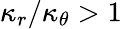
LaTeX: \kappa_{r}/\kappa_{\theta}>1